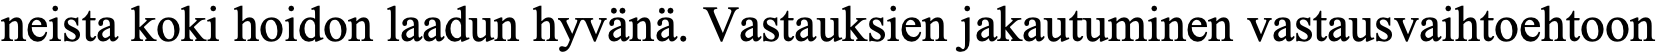
neista koki hoidon laadun hyvänä. Vastauksien jakautuminen vastausvaihtoehtoon